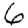
Digit: 6